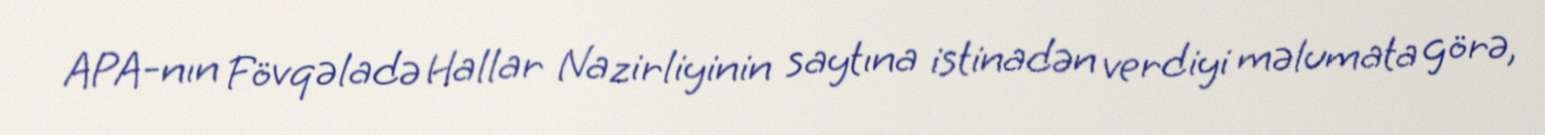
APA-nın Fövqəladə Hallar Nazirliyinin saytına istinadən verdiyi məlumata görə,